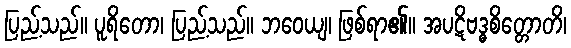
ပြည့်သည်။ ပူရိတော၊ ပြည့်သည်။ ဘဝေယျ၊ ဖြစ်ရာ၏။ အပဋိဗဒ္ဓစိတ္တောတိ၊